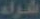
شراء